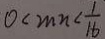
0 < m n < \frac { 1 } { 1 6 }